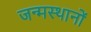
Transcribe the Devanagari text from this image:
जन्मस्थानों